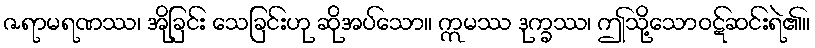
ဇရာမရဏဿ၊ အိုခြင်း သေခြင်းဟု ဆိုအပ်သော။ ဣမဿ ဒုက္ခဿ၊ ဤသို့သောဝဋ်ဆင်းရဲ၏။